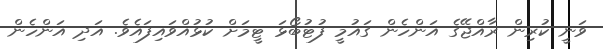
ވަނީ ކުރިން ރާއްޖޭގެ އަންހެން ގައުމީ ފުޓުބޯޅަ ޓީމަށް ކުޅުއްވައިފައެވެ. އަދި އަންހެން